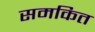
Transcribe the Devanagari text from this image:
समकित